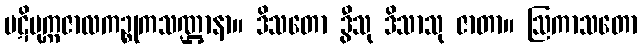
ပဋိမုက္ကဇာလကဉ္စုကသဏ္ဌာနာ။ ဒိသတော ဒွီသု ဒိသာသု ဇာတာ။ ဩကာသတော